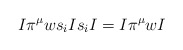
\begin{align*}I \pi^{\mu} w s_i I s_i I = I \pi^{\mu} w I\end{align*}